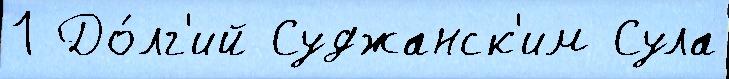
1 До́лг'ий Суджанск'им Сула